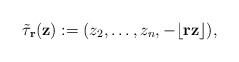
\begin{align*}\tilde{\tau}_{{\bf r}}({\bf z}):=(z_2,\ldots,z_{n},-\lfloor {\bf r}{\bf z}\rfloor),\end{align*}